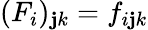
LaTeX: ({F}_{i})_{\mathbf{j}k}=f_{i\mathbf{j}k}